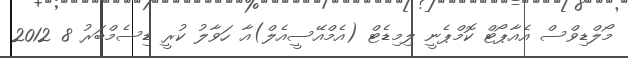
މޯލްޑިވްސް އެއާޕޯޓް ކޮމްޕެނީ ލިމިޑެޓް (އެމްއޭސީއެލް)އާ ހަވާލު ކުރީ ޑިސެމްބަރު 8 2012